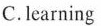
C.learning